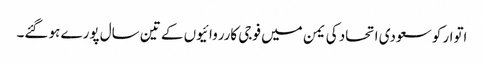
اتوار کو سعودی اتحاد کی یمن میں فوجی کارروائیوں کے تین سال پورے ہو گئے۔